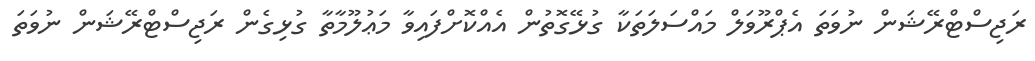
ރަޖިސްޓްރޭޝަން ނުވަތަ އެޕްރޫވަލް މައްސަލަތަކާ ގުޅޭގޮތުން އެއްކޮށްފައިވާ މަޢުލޫމާތާ ގުޅިގެން ރަޖިސްޓްރޭޝަން ނުވަތަ